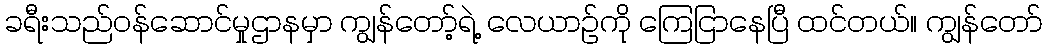
ခရီးသည်ဝန်ဆောင်မှုဌာနမှာ ကျွန်တော့်ရဲ့ လေယာဉ်ကို ကြေငြာနေပြီ ထင်တယ်။ ကျွန်တော်